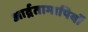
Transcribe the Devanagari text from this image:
आर्द्रतामापियों